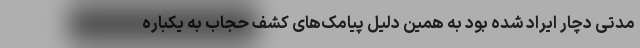
مدتی دچار ایراد شده بود به همین دلیل پیامک‌های کشف حجاب به یکباره